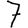
Digit: 7